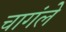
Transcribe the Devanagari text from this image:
चागंले